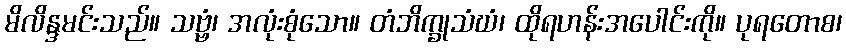
မိလိန္ဒမင်းသည်။ သဗ္ဗံ၊ အလုံးစုံသော။ တံဘိက္ခုသံဃံ၊ ထိုရဟန်းအပေါင်းကို။ ပုရတောစ၊